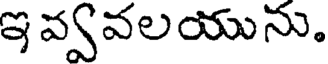
ఇ వ్వవలయును.